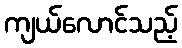
ကျယ်လောင်သည့်